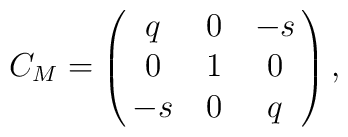
C_M=\pmatrix{q&0&-s\cr 0&1&0\cr -s&0&q\cr},